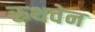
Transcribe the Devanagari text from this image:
रुथवेन